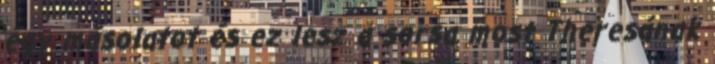
egy másolatot és ez lesz a sorsa most Theresának